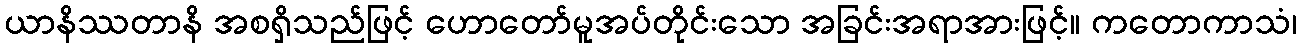
ယာနိဿတာနိ အစရှိသည်ဖြင့် ဟောတော်မူအပ်တိုင်းသော အခြင်းအရာအားဖြင့်။ ကတောကာသံ၊